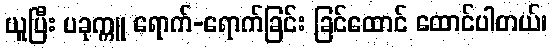
ယူပြီး ပခုက္ကူ ရောက်-ရောက်ခြင်း ခြင်ထောင် ထောင်ပါတယ်၊